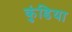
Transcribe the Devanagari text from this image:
कुंडिया